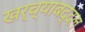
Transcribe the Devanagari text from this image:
खर्च्याबद्दल